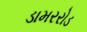
ડામરરોડ